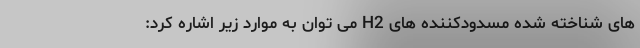
های شناخته شده مسدودکننده های H2 می توان به موارد زیر اشاره کرد: